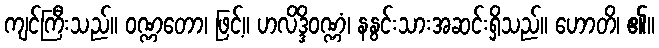
ကျင်ကြီးသည်။ ဝဏ္ဏတော၊ ဖြင့်။ ဟလိဒ္ဒိဝဏ္ဏံ၊ နနွင်းသားအဆင်းရှိသည်။ ဟောတိ၊ ၏။